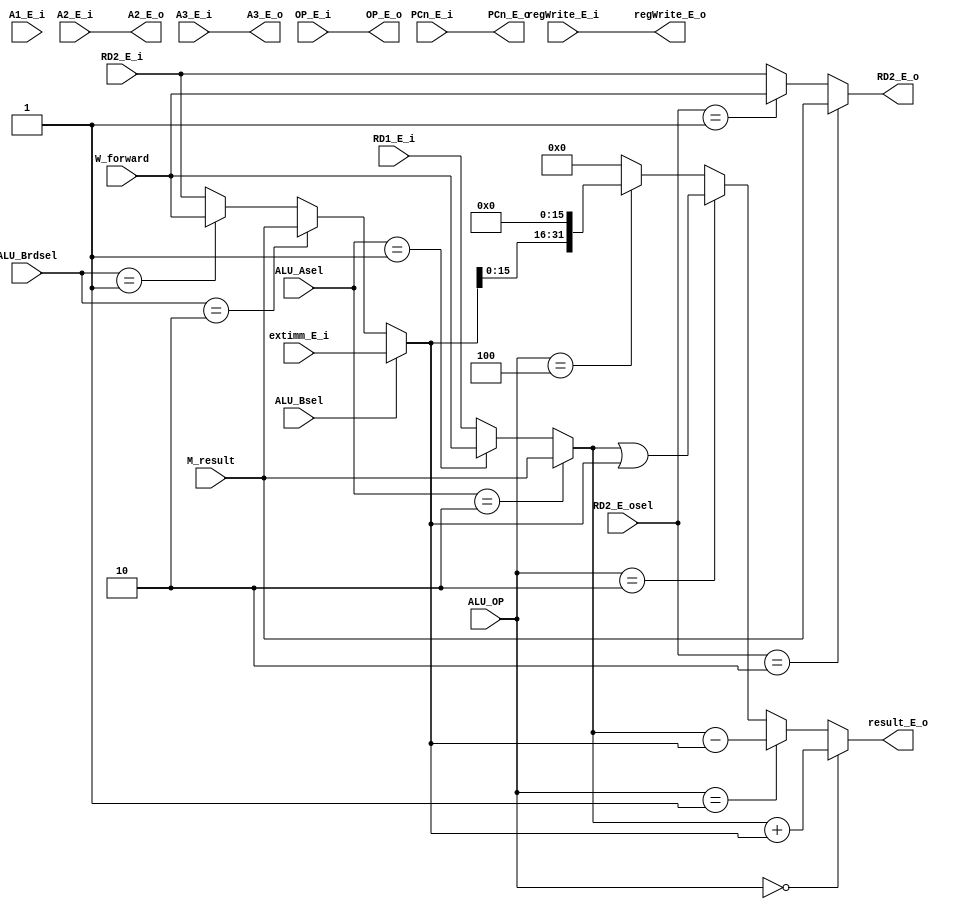
`timescale 1ns / 1ps
//////////////////////////////////////////////////////////////////////////////////
// Company: 
// Engineer: 
// 
// Design Name: 
// Module Name:    Execute 
// Project Name: 
// Target Devices: 
// Tool versions: 
// Description: 
//
// Dependencies: 
//
// Revision: 
// Revision 0.01 - File Created
// Additional Comments: 
//
//////////////////////////////////////////////////////////////////////////////////
module Execute(
//pipline
    input [4:0] A1_E_i,
    input [4:0] A2_E_i,
    input [31:0] RD1_E_i,
    input [31:0] RD2_E_i,
    input [31:0] PCn_E_i,
    input [31:0] extimm_E_i,
    input regWrite_E_i,
    input [4:0] A3_E_i,
	 input [31:0] OP_E_i,
//Controller
    input [2:0] ALU_OP,
	 input ALU_Bsel,
//forward
    input [1:0] ALU_Asel,
	 input [1:0] ALU_Brdsel,
	 input [31:0] M_result,
	 input [31:0] W_forward,
	 input [1:0] RD2_E_osel,//
//output
    output [31:0] result_E_o,
	 output [4:0] A2_E_o,
	 output [31:0] RD2_E_o,
	 output [31:0] PCn_E_o,
	 output regWrite_E_o,
	 output [4:0] A3_E_o,
	 output [31:0] OP_E_o
    );
	 wire [31:0] A,B,Brd;
//selsect A
assign A=(ALU_Asel==2'b10)?M_result:
         (ALU_Asel==2'b01)?W_forward:RD1_E_i;
//select B
assign Brd=(ALU_Brdsel==2'b10)?M_result:
           (ALU_Brdsel==2'b01)?W_forward:RD2_E_i;
assign B=(ALU_Bsel==0)?Brd:extimm_E_i;
//ALU
assign result_E_o=(ALU_OP==3'b000)? A+B:
                  (ALU_OP==3'b001)? A-B:
				      (ALU_OP==3'b010)? A|B:
				      (ALU_OP==3'b100)? B<<16:0;
//pipline
assign A2_E_o=A2_E_i;
assign RD2_E_o=(RD2_E_osel==2'b10)?M_result:
               (RD2_E_osel==2'b01)?W_forward:RD2_E_i;
assign PCn_E_o=PCn_E_i;
assign regWrite_E_o=regWrite_E_i;
assign A3_E_o=A3_E_i;
assign OP_E_o=OP_E_i;
endmodule